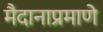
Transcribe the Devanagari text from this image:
मैदानाप्रमाणे